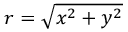
r = \sqrt { x ^ { 2 } + y ^ { 2 } }